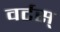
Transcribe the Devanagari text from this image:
वर्टस्